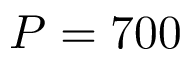
P = 7 0 0